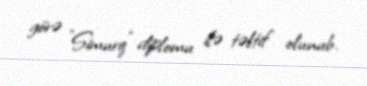
görə "Simurq" diplomu ilə təltif olunub.